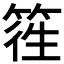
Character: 𥯁